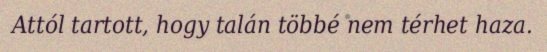
Attól tartott, hogy talán többé nem térhet haza.